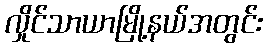
လှိုင်သာယာမြို့နယ်အတွင်း